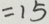
= 1 5